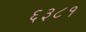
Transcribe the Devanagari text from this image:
६३८१